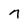
Character: n